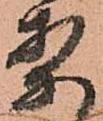
案